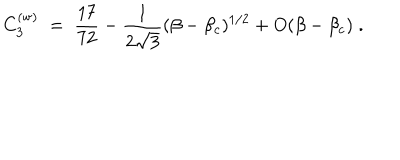
LaTeX: C _ { 3 } ^ { ( \mathrm { w } ) } \; = \; { \frac { 1 7 } { 7 2 } } - { \frac { 1 } { 2 \sqrt { 3 } } } ( \beta - \beta _ { c } ) ^ { 1 / 2 } + O ( \beta - \beta _ { c } ) \; .